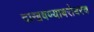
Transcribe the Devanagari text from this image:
दाखवण्याबरोबरच